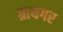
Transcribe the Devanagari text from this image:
ग्रायगर